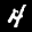
Label: 4